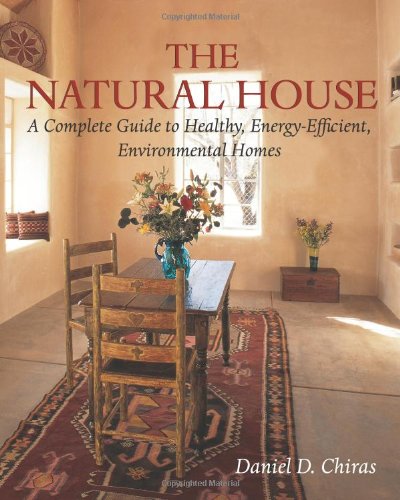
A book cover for The Natural House: A Complete Guide to Healthy, Energy-Efficient, Environmental Homes; Daniel D. Chiras; Crafts, Hobbies & Home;